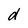
Character: d